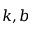
k , b